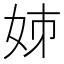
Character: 𡛷